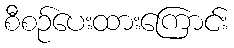
စီစဉ်ပေးထားကြောင်း